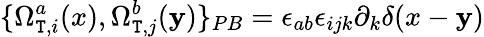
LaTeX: \{ \Omega_{\mathtt{T},i}^{a}(x),\Omega_{\mathtt{T},j}^{b}(\mathbf{y})\} _{PB}=\epsilon_{ab}\epsilon_{ijk}\partial_{k}\delta(x-\mathbf{y})